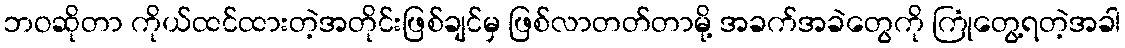
ဘဝဆိုတာ ကိုယ်ထင်ထားတဲ့အတိုင်းဖြစ်ချင်မှ ဖြစ်လာတတ်တာမို့ အခက်အခဲတွေကို ကြုံတွေ့ရတဲ့အခါ